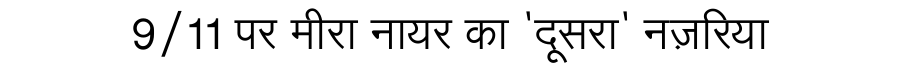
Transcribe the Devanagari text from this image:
9/11 पर मीरा नायर का 'दूसरा' नज़रिया